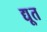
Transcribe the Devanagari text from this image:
द्यू्त